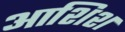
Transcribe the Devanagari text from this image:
आशिश